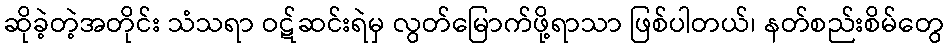
ဆိုခဲ့တဲ့အတိုင်း သံသရာ ဝဋ်ဆင်းရဲမှ လွတ်မြောက်ဖို့ရာသာ ဖြစ်ပါတယ်၊ နတ်စည်းစိမ်တွေ